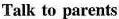
Talk to parents